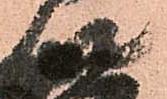
以